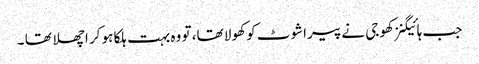
جب ہائیگنز کھوجی نے پیراشوٹ کو کھولا تھا، تو وہ بہت ہلکا ہو کر اچھلا تھا ۔